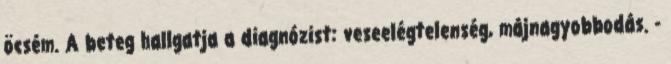
öcsém. A beteg hallgatja a diagnózist: veseelégtelenség, májnagyobbodás. -